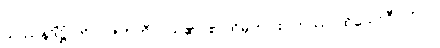
သဿနဒိံဋ္ဌိံ၊ ကို။ ပဇဟတိ၊ ပယ်၏။ စ၊ ထိုမှတပါး။ တဿ၊ ထိုယောဂီ ပုဂ္ဂိုလ်